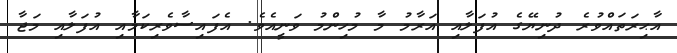
އާޙިރަތައްވުރެ ދުނިޔޭގެ އުފަލާއި އަރާމު މާ މުހިންމު ވަނީއެވެ. އެފައިސާވެރިކަމާއި އުފަލާއި މަޖާ